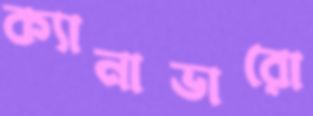
ক্যানাভারো